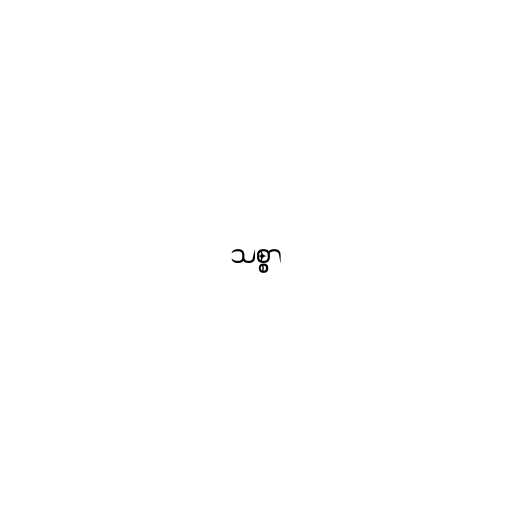
သစ္စာ